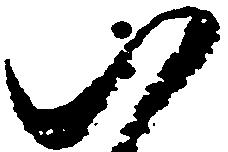
以